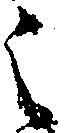
之